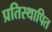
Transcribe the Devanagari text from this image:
प्रतिस्थापित